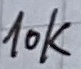
Text: 10K